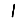
Digit: 1